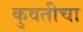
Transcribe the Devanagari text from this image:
कुवतीचा